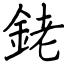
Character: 銠